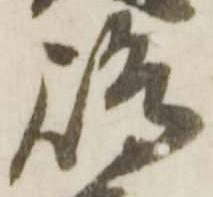
嶋